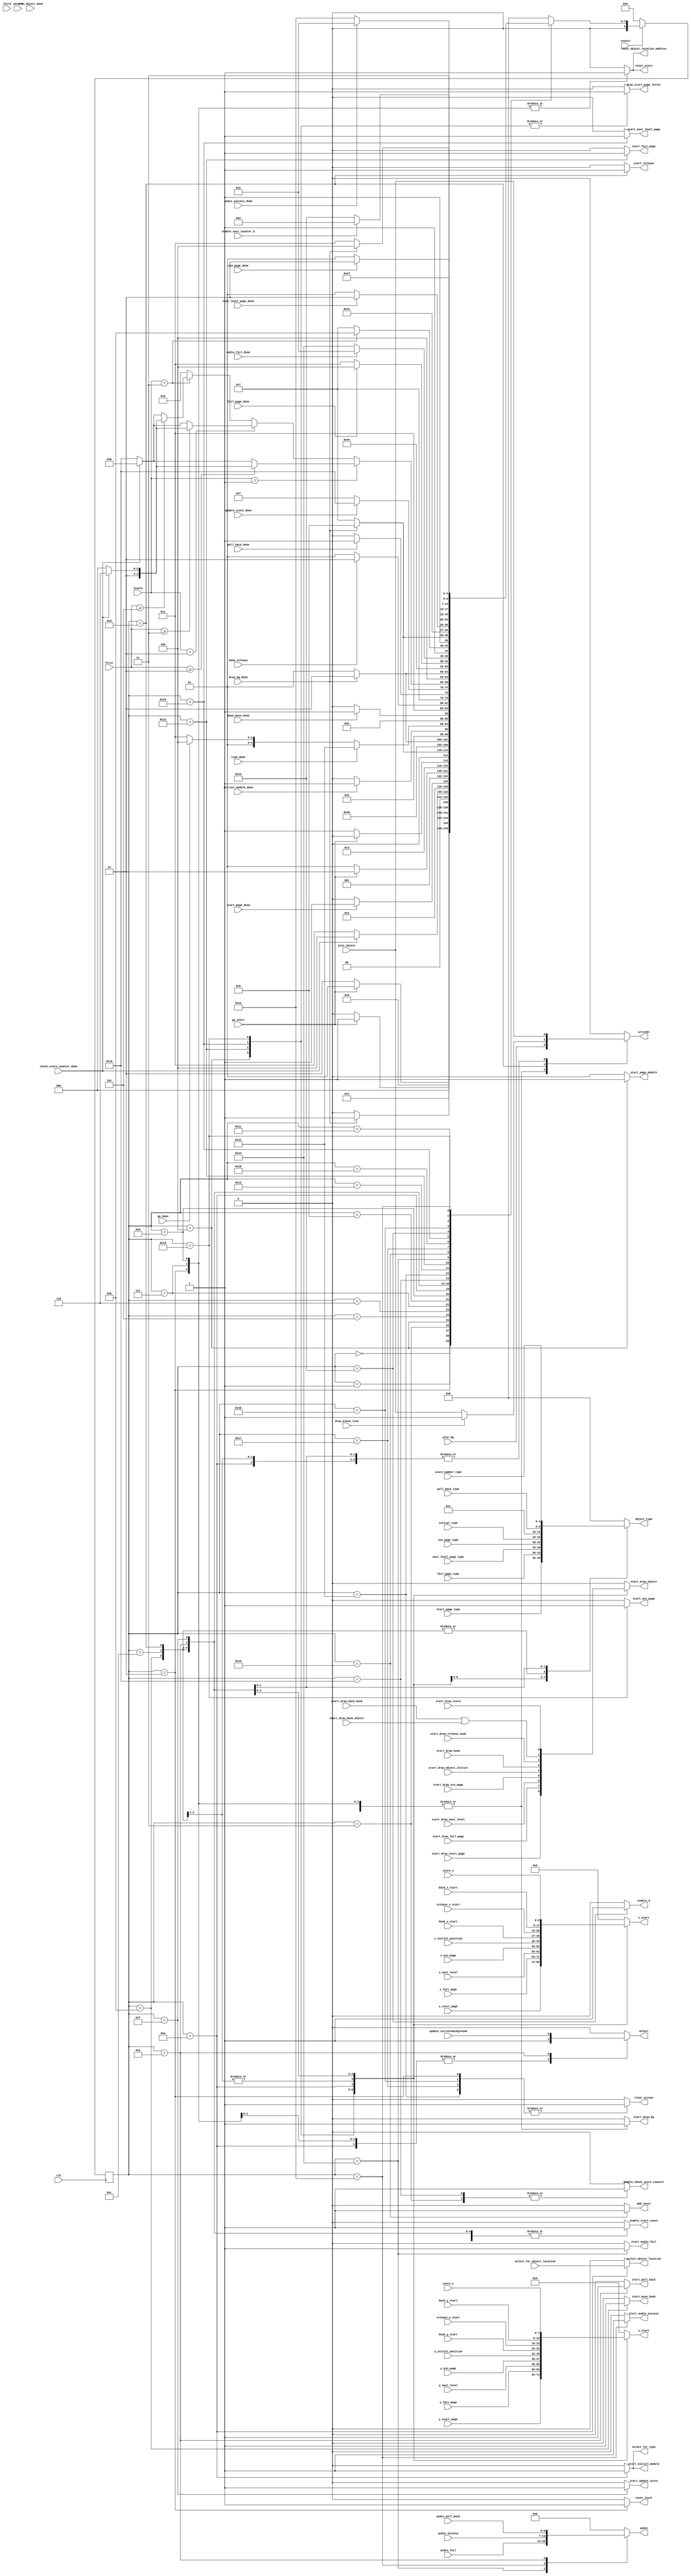

module control(
    input clk,
    input resetn,
    input go_enter,
    input go_down,
	 input plot_object,
	 input plot_bg,
	 output reg add_level,
	 output reg reset_level,
	 input [1:0] levels,

	// for audio
	 input [6:0] audio_pull_back,
	 output reg [6:0] audio,
	output reg start_audio_success,
	input audio_success_done,
	input [6:0] audio_success,

	output reg start_audio_fail,
	input audio_fail_done,
	input [6:0] audio_fail,
	 
	// for counting 30 seconds
	output reg enable_start_count,
	input time_done,

	// for clearing screen,
	output reg clear_screen,

	// for drawing start page
	output reg start_page_module,
	input start_page_done,
	output reg draw_start_page_letter,
	input [4:0] start_page_type,
	input start_draw_start_page,
	input [8:0] x_start_page,
	input [7:0] y_start_page,
	output reg enable_5,
	input enable_next_counter_5,

	// for drawing next level page
    	output reg start_next_level_page,
   	input [4:0] next_level_page_type,
    	input start_draw_next_level, next_level_page_done,
    	input [8:0] x_next_level,
    	input [7:0] y_next_level,

	// for drawing fail page
    	output reg start_fail_page,
    	input [4:0] fail_page_type,
    	input start_draw_fail_page, fail_page_done,
    	input [8:0] x_fail_page,
    	input [7:0] y_fail_page,

	// for drawing win page
    	output reg start_win_page,
    	input [4:0] win_page_type,
    	input start_draw_win_page, win_page_done,
    	input [8:0] x_win_page,
    	input [7:0] y_win_page,

	// for drawing black line when releasing hook
	input draw_black_line,
	 
	// output whether read or write into current background memory	 
	 output reg select,
	 output reg select_for_type,
	 output reg select_object_location,
	 input select_for_object_location,

	// done signals from other control modules
	input draw_object_done, draw_bg_done, 

	// this signal is for reset object location address
	output reg reset_object_location_address,

	// these are for drawing initial objects
    	input [4:0] initial_type,
	input [8:0] x_initial_position,
    	input [7:0] y_initial_position,
	input start_draw_object_initial,
	input initial_module_done,

	// these are for moving hook
	input [8:0] hook_x_start,
	input [7:0] hook_y_start,
	input start_draw_hook,
	input done_move_hook,
	//output reg move_wait,

	// these are for release hook
	input [8:0] release_x_start,
	input [7:0] release_y_start,
	input start_draw_release_hook,
	input done_release,

	// these are for pull back hook
	input pull_back_done,
	input start_draw_back_hook,
	input start_draw_back_object,
	input [8:0] back_x_start,
	input [7:0] back_y_start,
	input [4:0] pull_back_type,
	input update_currentbackground,

	// these are for updating score module
	output reg reset_score,
	input [8:0] score_x,
	input [7:0] score_y,
	input [4:0] score_number_type,
	output reg start_update_score,
	input update_score_done,
	input start_draw_score,
	input [4:0] first,
	input [4:0] second,
	input [4:0] third,
	
	// for checking score counter
	output reg enable_check_score_counter,
	input check_score_counter_done,


	// output all the wires for drawing objects
	output reg [4:0] object_type,
	output reg [8:0] x_start,
	output reg [7:0] y_start,
	
	// enable signal to start draw_initial_objects and draw object and draw background
   	 output reg start_draw_object, start_draw_bg, start_initial_module, start_move_hook, start_release, start_pull_back,
	 output reg writeEn
    );

    reg [5:0] current_state, next_state; 
    
    localparam  
					// for drawing start page	
					S_BACKGROUND			  = 6'd0,
					S_WAIT_BACKGROUND		  = 6'd1,
					S_CLEAR_SCREEN1		  = 6'd2,
					S_WAIT_CLEAR_SCREEN1	  = 6'd3,
					S_DRAW_START_PAGE 	  = 6'd4,

					S_START_GAME 		  = 6'd5,
					 S_START_GAME_WAIT  = 6'd6,
					 S_DRAW_BG			  = 6'd7,
					 S_WAIT_DRAW_BG	  = 6'd8,
					 S_CLEAR_CURRENT_BG = 6'd9,
                			S_DRAW_OBJECTS     = 6'd10,
					 S_MOVE_HOOK		  = 6'd11,
					 S_MOVE_HOOK_WAIT   	= 6'd12,
					 S_RELEASE_HOOK 	= 6'd13,
					S_PULL_BACK_HOOK	= 6'd14,
					S_UPDATE_SCORE		= 6'd15,
					S_CHECK_SCORE		= 6'd16,
					
					// for drawing fail page
					S_CLEAR_SCREEN2		  = 6'd17,
					S_WAIT_CLEAR_SCREEN2	  = 6'd18,
					S_FAIL_PAGE 	  = 6'd19,
					 S_FAIL				  = 6'd20,
					 S_FAIL_WAIT		  = 6'd21,
					 
					S_SUCCESS			  = 6'd22,
					
					// for drawing next level
					S_CLEAR_SCREEN3		  = 6'd23,
					S_WAIT_CLEAR_SCREEN3	  = 6'd24,
					S_NEXT_LEVEL_PAGE 	  = 6'd25,
					 S_NEXT_LEVEL		  = 6'd26,


					S_CLEAR_SCREEN4		  = 6'd27,
					S_WAIT_CLEAR_SCREEN4	  = 6'd28,
					S_WIN_PAGE 	  = 6'd29,
					S_WIN				  = 6'd30;
					 

    // Next state logic aka our state table
    always@(*)
    begin: state_table 
			case (current_state)
			
					S_BACKGROUND: next_state = go_enter? S_WAIT_BACKGROUND: S_BACKGROUND;
					
					S_WAIT_BACKGROUND: next_state = go_enter? S_WAIT_BACKGROUND: S_CLEAR_SCREEN1;
					
					S_CLEAR_SCREEN1: next_state = draw_bg_done? S_WAIT_CLEAR_SCREEN1: S_CLEAR_SCREEN1;

					S_WAIT_CLEAR_SCREEN1: next_state = check_score_counter_done? S_DRAW_START_PAGE: S_WAIT_CLEAR_SCREEN1;

					S_DRAW_START_PAGE: next_state = start_page_done? S_START_GAME: S_DRAW_START_PAGE;

					S_START_GAME: next_state = go_enter ? S_START_GAME_WAIT: S_START_GAME;
					
					S_START_GAME_WAIT: next_state = go_enter ? S_START_GAME_WAIT: S_DRAW_BG;
					
					S_DRAW_BG: next_state = draw_bg_done ? S_WAIT_DRAW_BG: S_DRAW_BG;

					S_WAIT_DRAW_BG: next_state = S_CLEAR_CURRENT_BG;
					
					S_CLEAR_CURRENT_BG: next_state = draw_bg_done ? S_DRAW_OBJECTS : S_CLEAR_CURRENT_BG;
					
					S_DRAW_OBJECTS: next_state = initial_module_done ? S_MOVE_HOOK: S_DRAW_OBJECTS;
					
					S_MOVE_HOOK: if (!time_done)
							next_state = go_down ? S_MOVE_HOOK_WAIT: S_MOVE_HOOK;
						     else
							next_state = S_CLEAR_SCREEN2;
					
					S_MOVE_HOOK_WAIT: next_state = done_move_hook? S_RELEASE_HOOK: S_MOVE_HOOK_WAIT;
					
					S_RELEASE_HOOK: next_state = done_release? S_PULL_BACK_HOOK: S_RELEASE_HOOK;
					S_PULL_BACK_HOOK: next_state = pull_back_done? S_UPDATE_SCORE: S_PULL_BACK_HOOK;
					
					S_UPDATE_SCORE: next_state = update_score_done? S_CHECK_SCORE: S_UPDATE_SCORE;

					S_CHECK_SCORE:  if (levels == 2'd1) begin
								if (first >= 5'd2)
							  	next_state = check_score_counter_done? S_SUCCESS : S_CHECK_SCORE;
								else
							  	next_state = check_score_counter_done? S_MOVE_HOOK: S_CHECK_SCORE;
							end
							else if (levels == 2'd2) begin
								if (first >= 5'd3)
								next_state = check_score_counter_done? S_SUCCESS : S_CHECK_SCORE;
								else
								next_state = check_score_counter_done? S_MOVE_HOOK: S_CHECK_SCORE;
							end
							else if (levels == 2'd3) begin
								if (first >= 5'd5)
								next_state = check_score_counter_done? S_SUCCESS : S_CHECK_SCORE;
								else
								next_state = check_score_counter_done? S_MOVE_HOOK: S_CHECK_SCORE;
							end
							else
								next_state = S_START_GAME;	

					S_CLEAR_SCREEN2: next_state = draw_bg_done? S_WAIT_CLEAR_SCREEN2: S_CLEAR_SCREEN2;

					S_WAIT_CLEAR_SCREEN2: next_state = S_FAIL_PAGE;

					S_FAIL_PAGE: next_state = fail_page_done? S_FAIL: S_FAIL_PAGE;

					S_FAIL:	next_state = audio_fail_done? S_CLEAR_SCREEN1: S_FAIL;
					
					S_SUCCESS: next_state = (levels == 2'd3) ? S_CLEAR_SCREEN4: S_CLEAR_SCREEN3;


					S_CLEAR_SCREEN3: next_state = draw_bg_done? S_WAIT_CLEAR_SCREEN3: S_CLEAR_SCREEN3;

					S_WAIT_CLEAR_SCREEN3: next_state = S_NEXT_LEVEL_PAGE;

					S_NEXT_LEVEL_PAGE: next_state = next_level_page_done? S_NEXT_LEVEL: S_NEXT_LEVEL_PAGE;
					
					S_NEXT_LEVEL: // wait counter for 5 seconds, next level page
								next_state = enable_next_counter_5? S_CLEAR_CURRENT_BG: S_NEXT_LEVEL;
					
					S_CLEAR_SCREEN4: next_state = draw_bg_done? S_WAIT_CLEAR_SCREEN4: S_CLEAR_SCREEN4;

					S_WAIT_CLEAR_SCREEN4: next_state = S_WIN_PAGE;

					S_WIN_PAGE: next_state = win_page_done? S_WIN: S_WIN_PAGE;

					S_WIN: next_state = audio_success_done? S_CLEAR_SCREEN1: S_WIN;

            default:   next_state = S_BACKGROUND;
        endcase
    end // state_table
   

    // Output logic aka all of our datapath control signals
    always @(*)
    begin: enable_signals
        // By default make all our signals 0
			start_page_module = 1'b0;
			start_next_level_page = 1'b0;
			start_win_page = 1'b0;
			start_fail_page = 1'b0;
			draw_start_page_letter = 1'b0;
			enable_5 = 1'b0;

			add_level = 1'b0;
			reset_level = 1'b0;
			object_type = 5'b0;
			x_start = 9'b0;
			y_start = 8'b0;
			start_initial_module = 1'b0;
			start_move_hook = 1'b0;
			start_release = 1'b0;
			start_pull_back = 1'b0;
			start_draw_object = 1'b0;
			start_draw_bg = 1'b0;
			writeEn = 1'b0;
			select = 1'b0;
			select_for_type = 1'b0;
			select_object_location = 1'b0;
			reset_object_location_address = 1'b0;
			reset_score = 1'b0;
			start_update_score = 1'b0;
			enable_check_score_counter = 1'b0;
			clear_screen = 1'b0;
			enable_start_count = 1'b0;
			audio = 7'b0;
			start_audio_success = 1'b0;
			start_audio_fail = 1'b0;
			
			
        case (current_state)

		 S_CLEAR_SCREEN1: begin
			start_draw_bg = 1'b1;
			writeEn = plot_bg;
			clear_screen = 1'b1;
			reset_object_location_address = 1'b1;
			reset_score = 1'b1;	
			reset_level = 1'b1;
		 end
		 
		 S_WAIT_CLEAR_SCREEN1: begin
			enable_check_score_counter = 1'b1;
		 end

		 S_CLEAR_SCREEN2: begin
			start_draw_bg = 1'b1;
			writeEn = plot_bg;
			clear_screen = 1'b1;
		 end

		 S_CLEAR_SCREEN3: begin
			start_draw_bg = 1'b1;
			writeEn = plot_bg;
			clear_screen = 1'b1;
		 end

		 S_CLEAR_SCREEN4: begin
			start_draw_bg = 1'b1;
			writeEn = plot_bg;
			clear_screen = 1'b1;
		 end

		 S_DRAW_START_PAGE: begin

			start_page_module = 1'b1;
			draw_start_page_letter = 1'b1;
			start_draw_object = start_draw_start_page;

			object_type = start_page_type;
			x_start = x_start_page;
			y_start = y_start_page;
			writeEn = plot_object;
		 end

		 S_FAIL_PAGE: begin
			start_fail_page = 1'b1;
			draw_start_page_letter = 1'b1;
			start_draw_object = start_draw_fail_page;

			object_type = fail_page_type;
			x_start = x_fail_page;
			y_start = y_fail_page;
			writeEn = plot_object;
		 end
		 
		 S_FAIL: begin
			start_audio_fail = 1'b1;
			audio = audio_fail;
		 end

		 S_NEXT_LEVEL_PAGE: begin
			start_next_level_page = 1'b1;
			draw_start_page_letter = 1'b1;
			start_draw_object = start_draw_next_level;
			object_type = next_level_page_type;
			x_start = x_next_level;
			y_start = y_next_level;
			writeEn = plot_object;
		 end
		 
		 S_NEXT_LEVEL: enable_5 = 1'b1;

		 S_WIN_PAGE: begin
			start_win_page = 1'b1;
			draw_start_page_letter = 1'b1;
			start_draw_object = start_draw_win_page;
			object_type = win_page_type;
			x_start = x_win_page;
			y_start = y_win_page;
			writeEn = plot_object;
		 end
		 
		 S_WIN: begin
			start_audio_success = 1'b1;
			audio = audio_success;
		 end
		 
		 S_DRAW_BG: begin
				start_draw_bg = 1'b1;
				writeEn = plot_bg;
				//select_for_type = 1'b1;
				reset_object_location_address = 1'b1;
				reset_score = 1'b1;
				select = 1'b1;
				
		 end
		 
		 S_CLEAR_CURRENT_BG: begin
		 		start_draw_bg = 1'b1;
				writeEn = plot_bg;
				reset_object_location_address = 1'b1;
				reset_score = 1'b1;
				select = 1'b1;
		 end
		 
	    S_DRAW_OBJECTS: begin
				// start drawing initial objects module
				start_initial_module = 1'b1;
				// enable signal to draw a single object
				start_draw_object = start_draw_object_initial;

			 	object_type = initial_type;
				x_start = x_initial_position;
				y_start = y_initial_position;

				writeEn = plot_object;
				select = 1'b1;
				select_for_type = 1'b1;
				select_object_location = select_for_object_location;
		 end

		S_MOVE_HOOK: begin
			// start move hook module
			start_move_hook = 1'b1;
			// enable signal to draw the hook(also erase)
			start_draw_object = start_draw_hook;

			object_type = 5'd12;
			x_start = hook_x_start;
			y_start = hook_y_start;
			
			writeEn = plot_object;

			enable_start_count = 1'b1;
		end
		
		S_MOVE_HOOK_WAIT: begin
			//move_wait = 1'b1;
			object_type = 5'd12;
			x_start = hook_x_start;
			y_start = hook_y_start;
			start_draw_object = start_draw_hook;
			writeEn = plot_object;
			enable_start_count = 1'b1;

		end

		S_RELEASE_HOOK: begin
			start_release = 1'b1;
			start_draw_object = start_draw_release_hook;
			
			object_type = 5'd12;
			x_start = release_x_start;
			y_start = release_y_start;
			enable_start_count = 1'b1;
			if (draw_black_line)
			 	writeEn = 1'b1;
			else	
				writeEn = plot_object;
		end

		S_PULL_BACK_HOOK: begin
			start_pull_back = 1'b1;
			start_draw_object = (start_draw_back_hook || start_draw_back_object);

			object_type = pull_back_type;
			x_start = back_x_start;
			y_start = back_y_start;
			writeEn = plot_object;
			enable_start_count = 1'b1;

			select = update_currentbackground;
			audio = audio_pull_back;
		end

		S_UPDATE_SCORE: begin
			start_update_score = 1'b1;
			start_draw_object = start_draw_score;

			object_type = score_number_type;
			x_start = score_x;
			y_start = score_y;
			writeEn = plot_object;
			enable_start_count = 1'b1;
		end
		
		S_CHECK_SCORE: begin
			enable_start_count = 1'b1;
			enable_check_score_counter = 1'b1;
		end

		S_SUCCESS: add_level = 1'b1;


        // default:    // don't need default since we already made sure all of our outputs were assigned a value at the start of the always block
        endcase
    end // enable_signals
   
    // current_state registers
    always@(posedge clk)
    begin: state_FFs
        if(!resetn)
            current_state <= S_BACKGROUND;
        else
            current_state <= next_state;
    end // state_FFS
endmodule